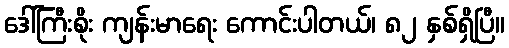
ဒေါ်ကြီးစိုး ကျန်းမာရေး ကောင်းပါတယ်၊ ၈၂ နှစ်ရှိပြီ။